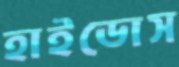
হাইডোস